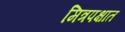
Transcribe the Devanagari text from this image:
मित्रपक्षात